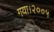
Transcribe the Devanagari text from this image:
गया।२००५